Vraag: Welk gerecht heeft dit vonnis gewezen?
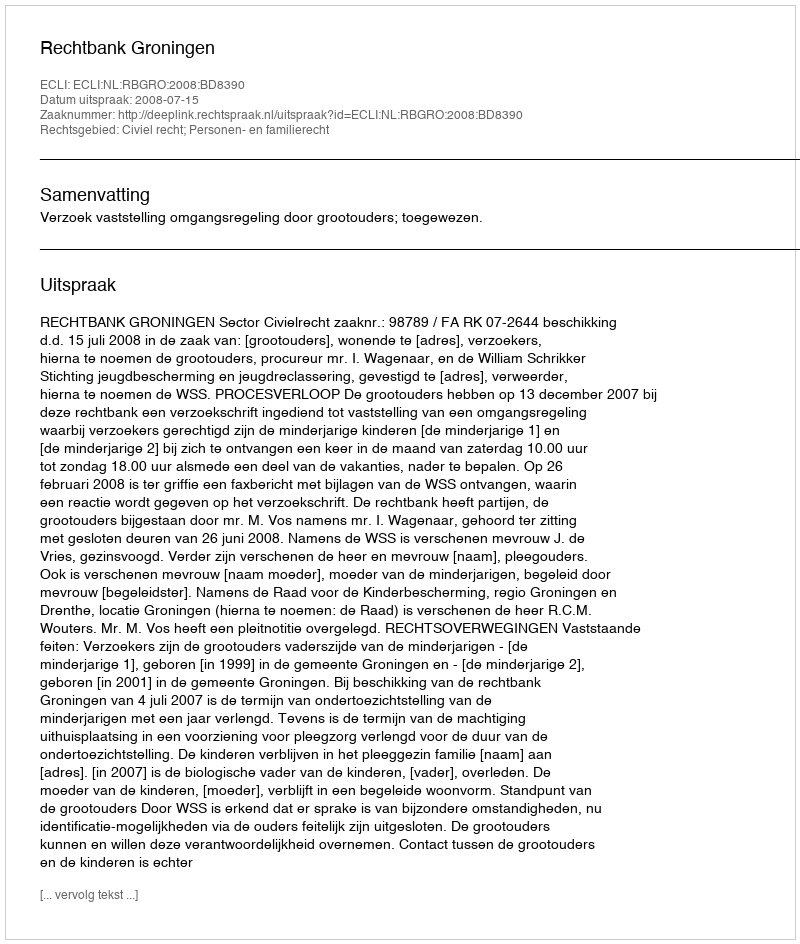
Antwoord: Rechtbank Groningen